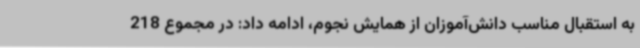
به استقبال مناسب دانش‌آموزان از همایش نجوم، ادامه داد: در مجموع 218